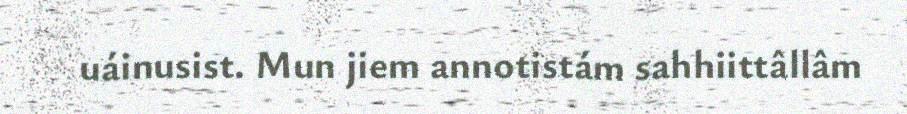
uáinusist. Mun jiem annotistám sahhiittâllâm